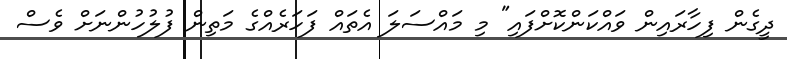
ދީގެން ފިހާރައިން ވައްކަންކޮށްފައި" މި މައްސަލަ އެތައް ފަހަރެއްގެ މަތިން ފުލުހުންނަށް ވެސް